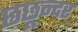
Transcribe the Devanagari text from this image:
छछून्दर